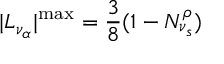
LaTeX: | L _ { \nu _ { \alpha } } | ^ { \mathrm { m a x } } = { \frac { 3 } { 8 } } ( 1 - N _ { \nu _ { s } } ^ { \rho } )